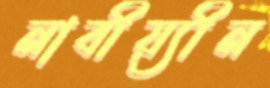
নাবীয়্যীন